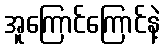
အူကြောင်ကြောင်နဲ့